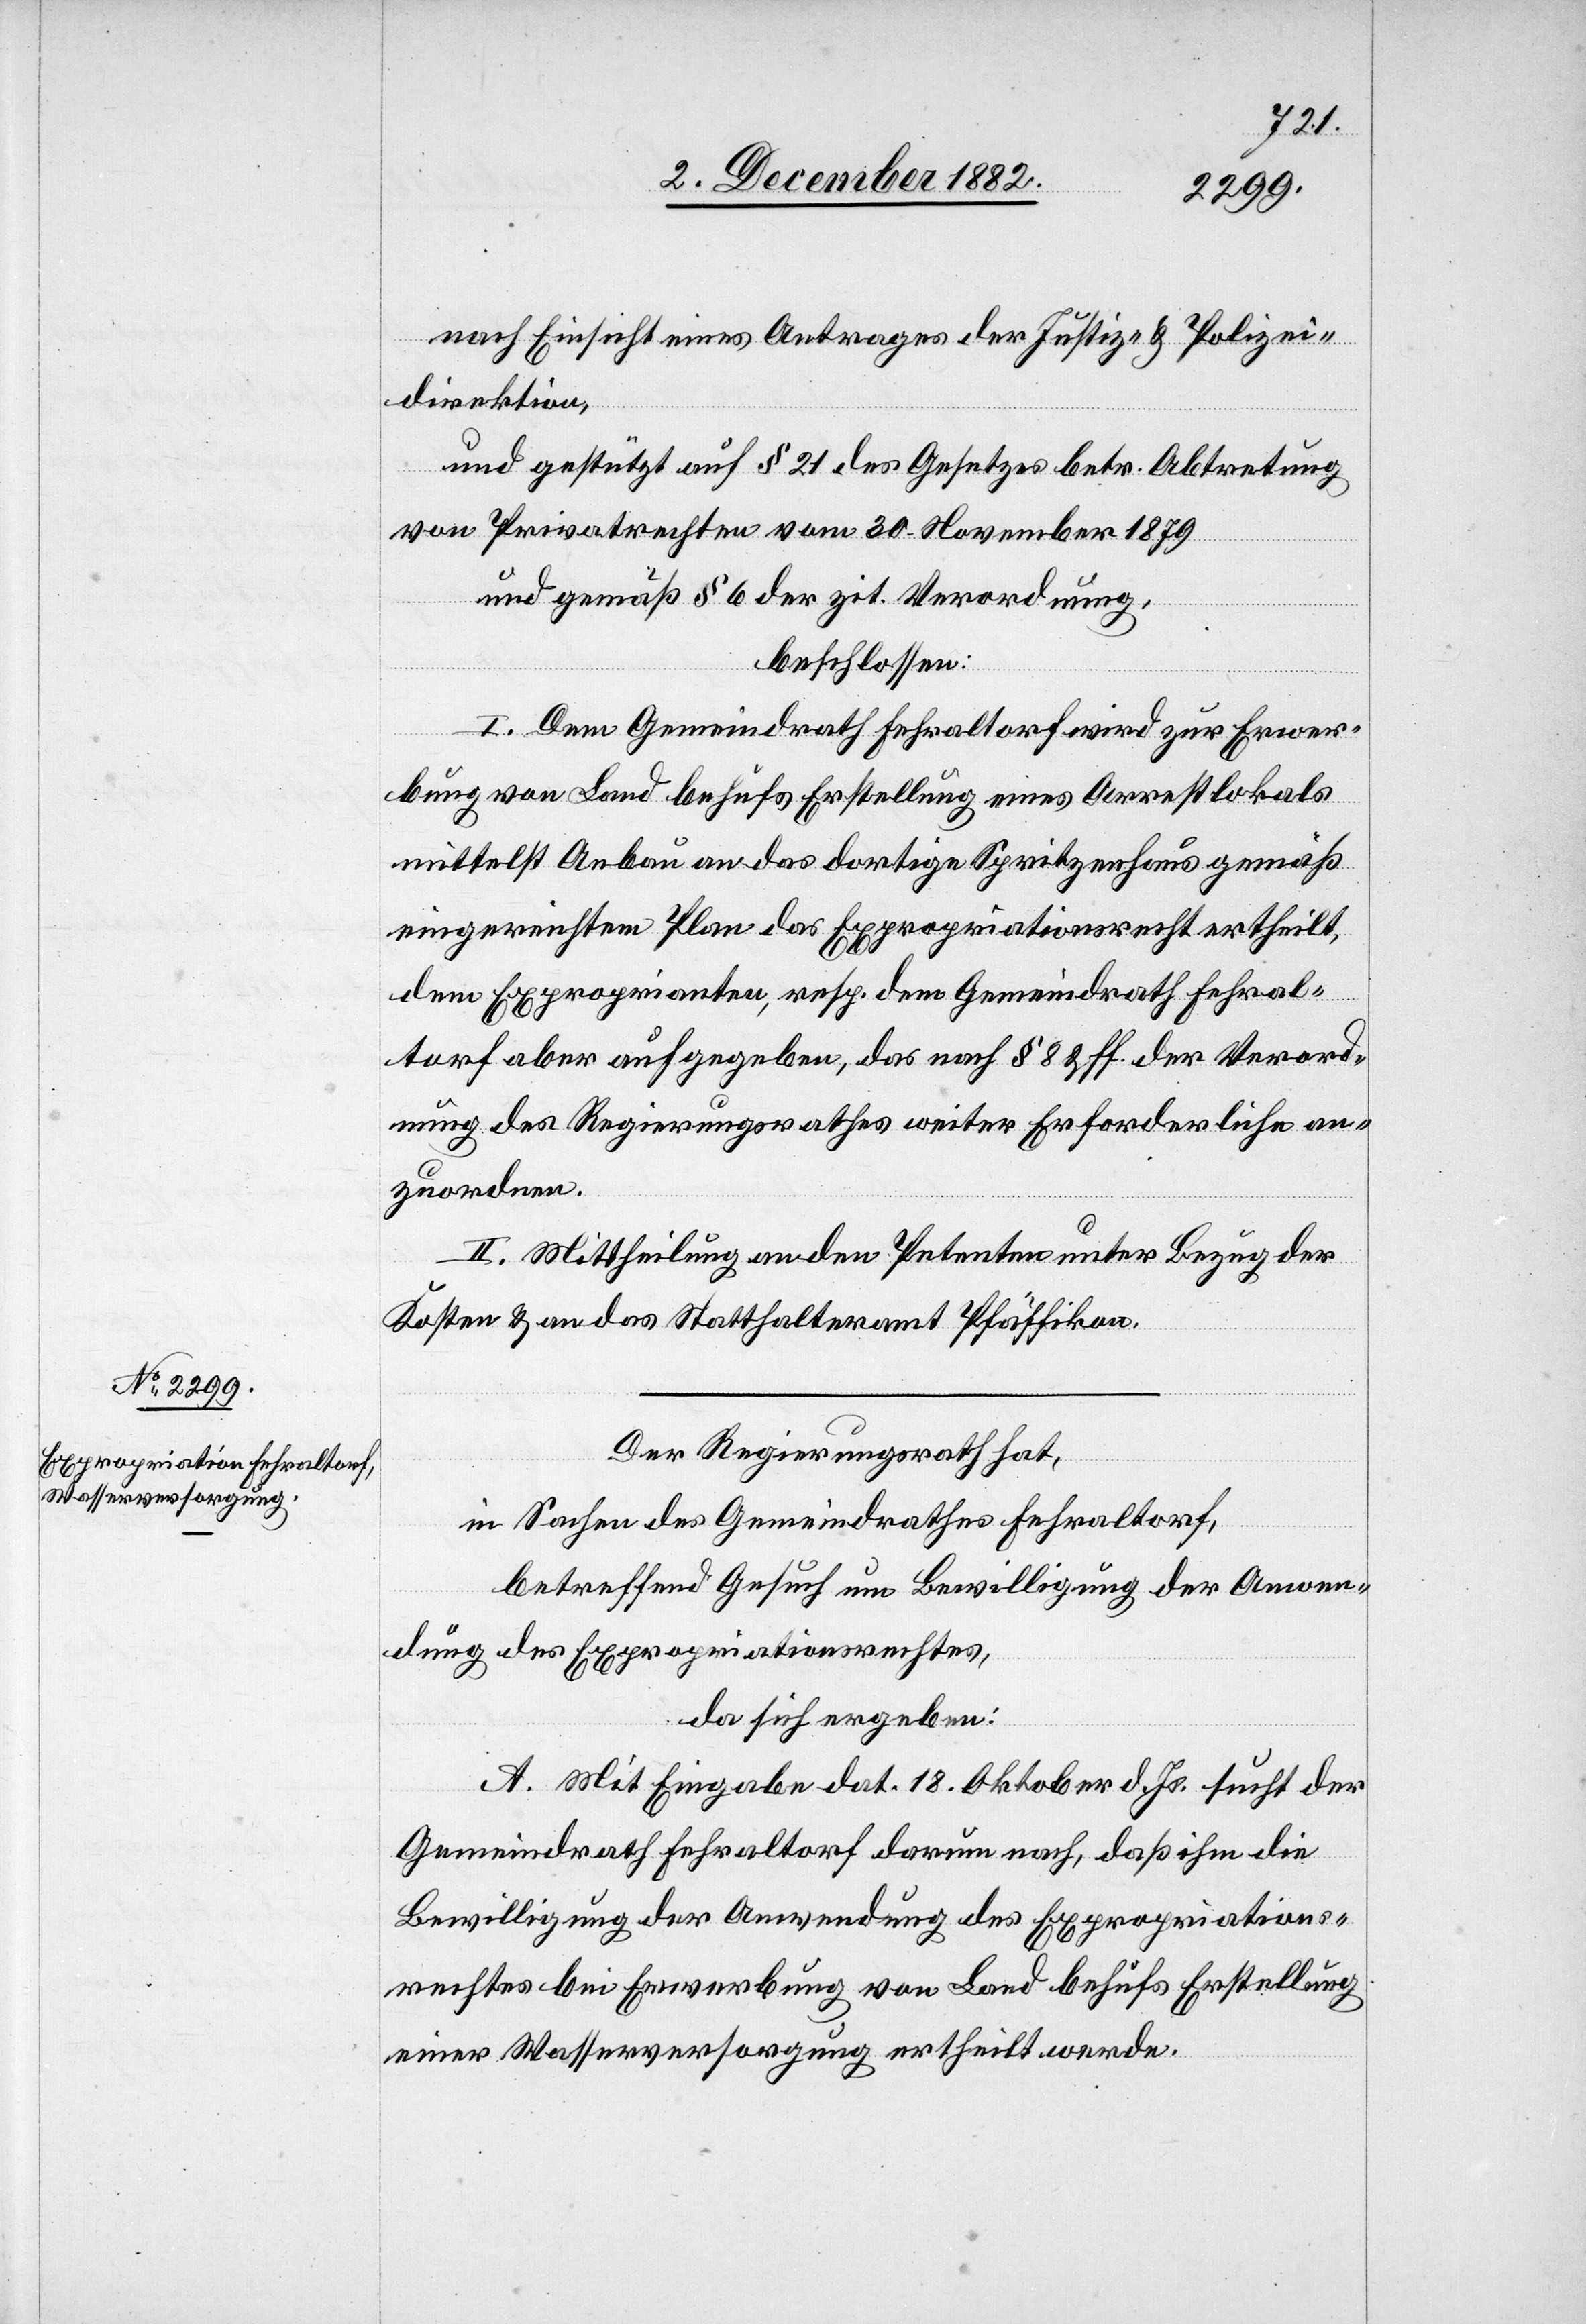
nach Einsicht eines Antrages der Justiz- & Polizei¬
direktion,
und gestützt auf § 21 des Gesetzes betr. Abtretung
von Privatrechten vom 30. November 1879
und gemäß § 6 der zit. Verordnung,
beschlossen:
I. Dem Gemeindrath Fehraltorf wird zur Erwer¬
bung von Land behufs Erstellung eines Arrestlokals
mittelst Anbau an das dortige Spritzenhaus gemäß
eingereichtem Plan das Expropriationsrecht ertheilt,
dem Exproprianten, resp. dem Gemeindrath Fehral¬
torf aber aufgegeben, das nach § 8 & ff. der Verord¬
nung des Regierungsrathes weiter Erforderliche an¬
zuordnen.
II. Mittheilung an den Petenten unter Bezug der
Kosten & an das Statthalteramt Pfäffikon.
Der Regierungsrath hat,
in Sachen des Gemeindrathes Fehraltorf,
betreffend Gesuch um Bewilligung der Anwen¬
dung des Expropriationsrechtes,
da sich ergeben:
A. Mit Eingabe dat. 18. Oktober d. Js. sucht der
Gemeindrath Fehraltorf darum nach, daß ihm die
Bewilligung der Anwendung des Expropriations¬
rechtes bei Erwerbung von Land behufs Erstellung
einer Wasserversorgung ertheilt werde.